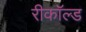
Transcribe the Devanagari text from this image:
रीकॉल्ड